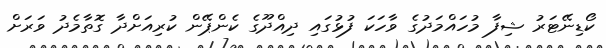
ކޯޑިނޭޓަރު ޝިފާ މުހައްމަދުގެ ވާހަކަ ފުޅުގައި ދިއްދޫގެ ކެންޕޭން ކުރިއަށްދާ ގޮތާމެދު ވަރަށް